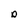
Character: D